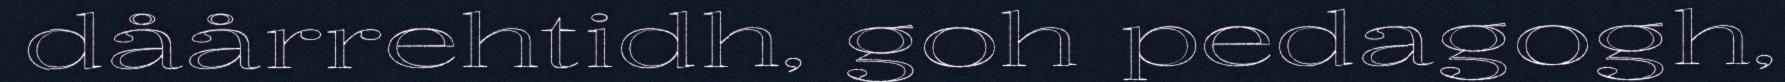
dåårrehtidh, goh pedagogh,